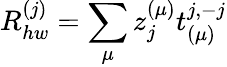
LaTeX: R_{hw}^{(j)}=\sum_{\mu}z_{j}^{(\mu)}t_{(\mu)}^{j,-j}